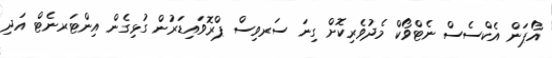
އޯޕަން އެކްސެސް ނެޓްވޯކް މެދުވެރިކޮށް ގިނަ ސަރވިސް ޕްރޮވައިޑަރުން ގުޅިގެން އިންޓަރނެޓް އަދި